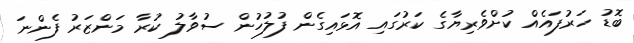
ބޮޑު ހަރުފައެއް ކުށްވެރިޔާގެ ކަރުގައި އޮޅައިގެން ފުލުހުން ސުވާލު ކުރާ މަންޒަރު ފެންނަ